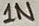
Text: 1N